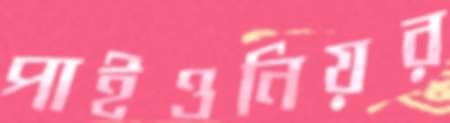
পাইওনিয়র